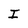
Character: I